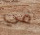
في